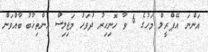
އަންނަ އޭޕްރީލް މަހުގެ 6 ވާ ހޮނިހިރު ދުވަހު މަޖިލިސް އިންތިޚާބު ބާއްވަން